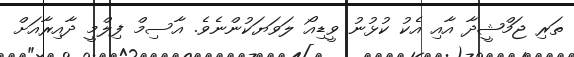
ތަރި ޖަމްޝީދާ އާއި އެކު ކުޅުނު ވީޑިއޯ ލަވަޔަކުންނެވެ. އާސިމް ފިލްމީ ދާއިރާއަށް